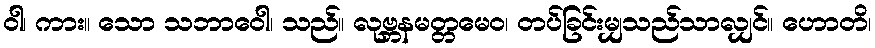
ဝါ၊ ကား။ သော သဘာဝေါ၊ သည်။ လုဗ္ဘနမတ္တမေဝ၊ တပ်ခြင်းမျှသည်သာလျှင်။ ဟောတိ၊